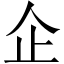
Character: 企